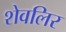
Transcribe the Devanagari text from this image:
शेवलिर